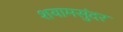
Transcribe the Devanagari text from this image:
शयामसुंदर